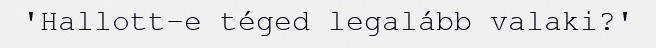
'Hallott-e téged legalább valaki?'